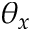
\theta _ { x }